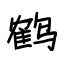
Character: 鹤